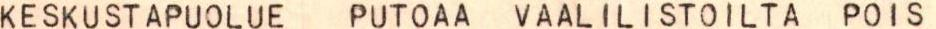
KESKUSTAPUOLUE PUTOAA VAALILISTOILTA POIS